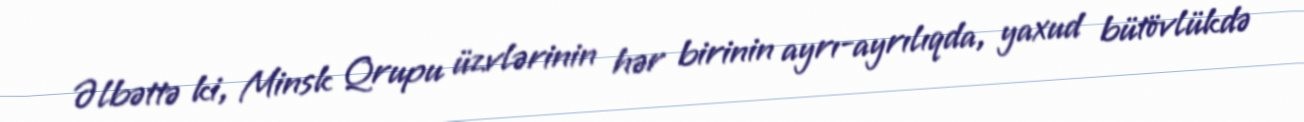
Əlbəttə ki, Minsk Qrupu üzvlərinin hər birinin ayrı-ayrılıqda, yaxud bütövlükdə